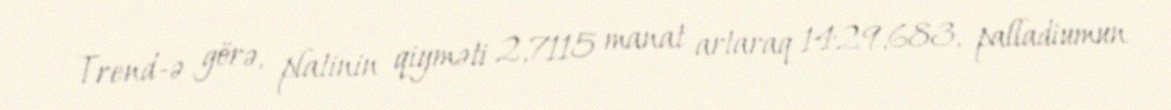
Trend-ə görə, platinin qiyməti 2,7115 manat artaraq 1429,683, palladiumun